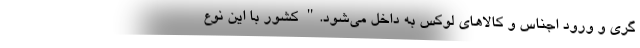
گری و ورود اجناس و کالاهای لوکس به داخل می‌شود." کشور با این نوع